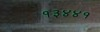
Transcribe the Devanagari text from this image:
१३४४१